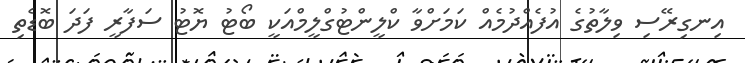
އިނގިރޭސި ވިލާތުގެ އުފެއްދުމެއް ކަމަށްވާ ކްލީންޓުގްލީމްއަކީ ބޯޓު ޔޮޓު ސަފާރީ ފަދަ ބޮޑެތި